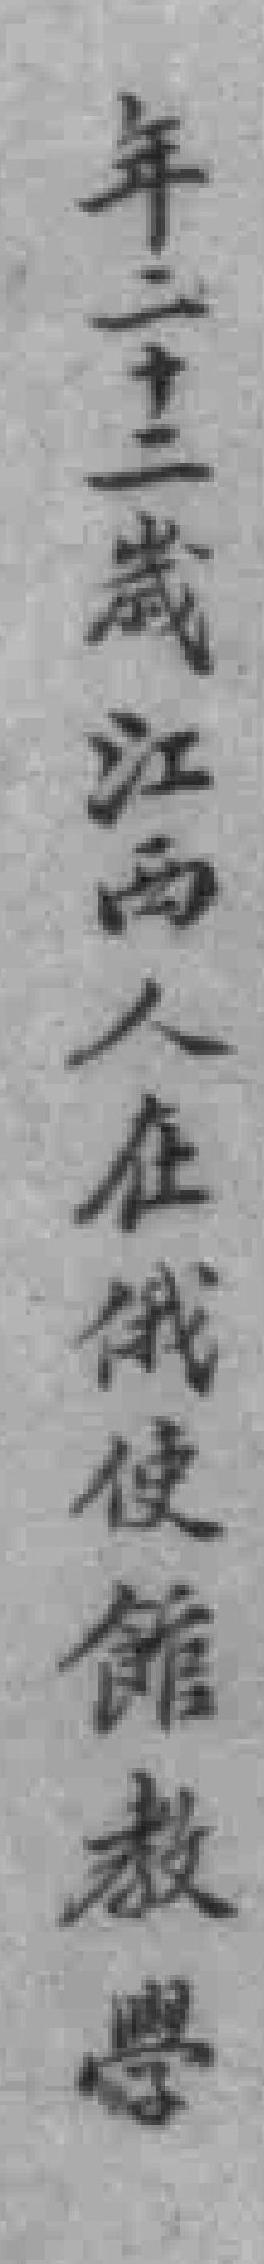
年二十二歲江西人在俄使館教學